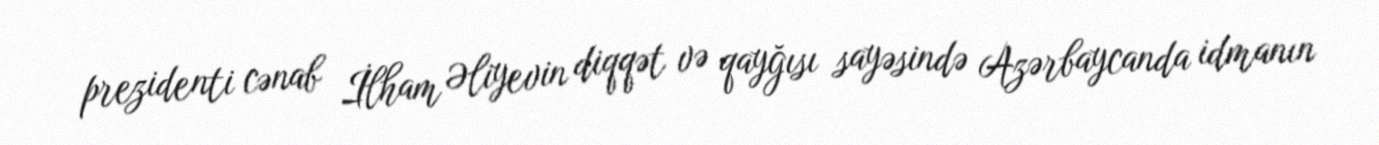
prezidenti cənab İlham Əliyevin diqqət və qayğısı sayəsində Azərbaycanda idmanın